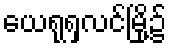
ယေရုရှလင်မြို့၌